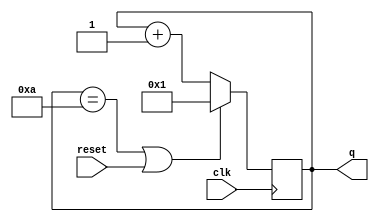
module top_module (
    input clk,
    input reset,
    output [3:0] q);
	
    always @(posedge clk)begin
      if(q == 4'd10 || reset) q <= 4'd1; // q is 4 bits, reset is 1 bit so we have to use || instead of | 
        else q <= q + 4'd1;
    end
endmodule